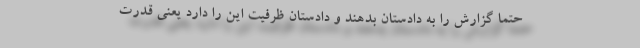
حتماً گزارش را به دادستان بدهند و دادستان ظرفیت این را دارد یعنی قدرت